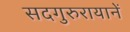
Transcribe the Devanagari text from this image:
सदगुरुरायानें